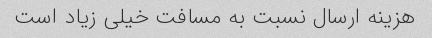
هزینه ارسال نسبت به مسافت خیلی زیاد است